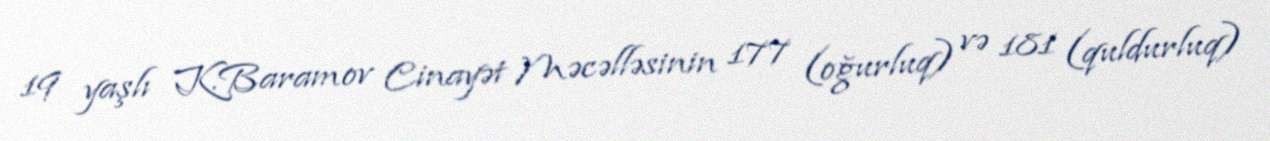
19 yaşlı K.Baramov Cinayət Məcəlləsinin 177 (oğurluq) və 181 (quldurluq)